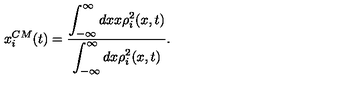
x _ { i } ^ { C M } ( t ) = \frac { \displaystyle { \int _ { - \infty } ^ { \infty } d x x \rho _ { i } ^ { 2 } ( x , t ) } } { \displaystyle { \int _ { - \infty } ^ { \infty } d x \rho _ { i } ^ { 2 } ( x , t ) } } .